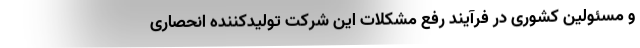
و مسئولین کشوری در فرآیند رفع مشکلات این شرکت تولیدکننده انحصاری